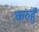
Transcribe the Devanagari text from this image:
करुहुँ